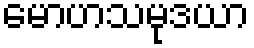
မောဟသမုဒယာ